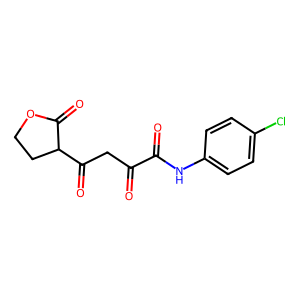
SMILES: O=C(CC(=O)C1CCOC1=O)C(=O)Nc1ccc(Cl)cc1
Inhibits HIV replication: No